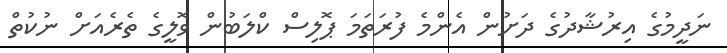
ނަދީމުގެ އިރުޝާދުގެ ދަށުން އެންމެ ފުރަތަމަ ޕޮލިސް ކްލަބުން ވޮލީގެ ތެރެއަށް ނުކުތް